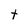
Character: t